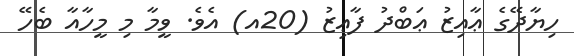
ހިޔާދޭގެ ޢާއިޒު ޢަބްދު ފާޢިޒު (20އ) އެވެ. ވީމާ މި މީހާއާ ބެހޭ